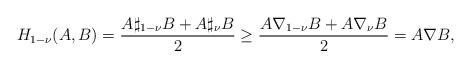
LaTeX: \begin{align*}H_{1-\nu}(A,B)=\frac{A\sharp_{1-\nu}B+A\sharp_{\nu}B}{2}\geq\frac{A\nabla_{1-\nu}B+A\nabla_{\nu}B}{2}=A\nabla B,\end{align*}